Vital statistics of India. Vol. VI, European troops 1870-79
Year: 1870
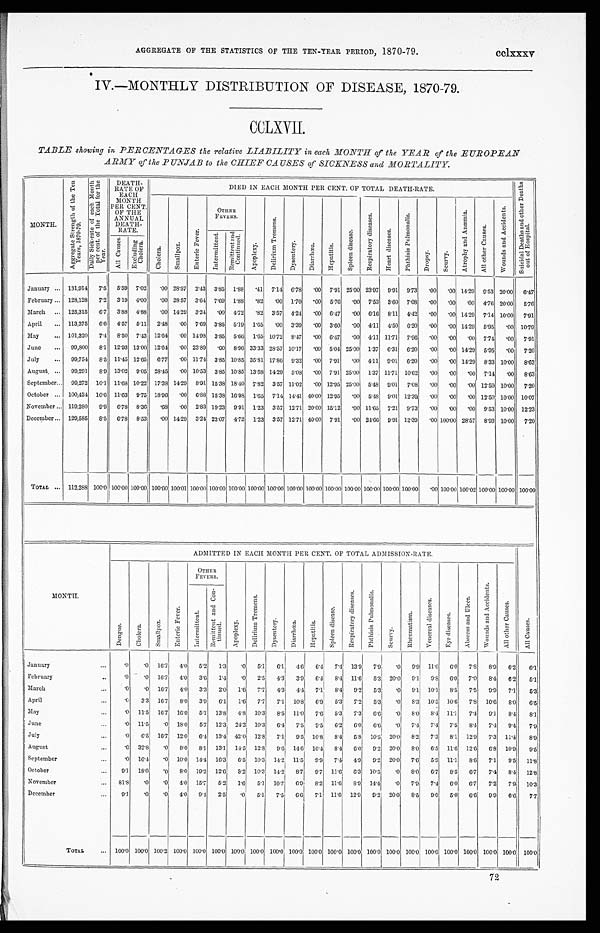
cclxxxv
AGGREGATE OF THE STATISTICS OF THE TEN-YEAR PERIOD, 1870-79.
IV.—MONTHLY DISTRIBUTION OF DISEASE, 1870-79.
CCLXVII.
TABLE showing in PERCENTAGES the relative LIABILITY in each MONTH of the YEAR of the EUROPEAN
ARMY of the PUNJAB to the CHIEF CAUSES of SICKNESS and MORTALITY.
MONTH.
A g g r e g a t e S t r e n g t h o f t h e T e n
Y e a r s , 1 8 7 0 - 7 9 .
D a i l y S i c k - r a t e o f e a c h M o n t h
p e r c e n t . o f t h e T o t a l f o r t h eY
e a r .
DEATH-
RATE OF
EACH
MONTH P E R C E N T .
OF THE
ANNUAL
DEATH-
RATE.
DIED IN EACH MONTH PER CENT. OF TOTAL DEATH-RATE.
S u i c i d a l D e a t h s a n d o t h e r D e a t h s
o u t o f Ho s p i t a l .
C h o l e r a .
S m a l l p o x .
E n t e r i c F e v e r .
OTHER
FEVERS
.
A p o p l e x y .
D e l i r i u m T r e m e n s .
Dy s e n t e r y .
D i a r r h œ a . He p a t i t i s .
S p l e e n d i s e a s e .
R e s p i r a t o r y d i s e a s e s .
H e a r t d i s e a s e s .
P h t h i s i s P u l m o n a l i s .
D r o p s y .
S c u r v y .
A t r o p h y a n d A n æ m i a .
A l l o t h e r C a u s e s .
W o u n d s a n d A c c i d e n t s .
Al l C a u s e s .
E x c l u d i n g
C h o l e r a .
I n t e r m i t t e n t .
R e m i t t e n t a n d
C o n t i n u e d .
January . . . 131,914 7.5 5.59 7.02 .00 28.57 2.43 3.85 1.88
. 41 7.14 6.78
. 00 7.91 25.00 23.97 9.91 9.73
. 00 .00 14.29 9.53 20.00 6.47
February . . . 128,128 7.2 3.19 4.00 .00 28.57 3.64 7.69 1.88
. 82
. 00 1.70
. 00 5.76
. 00 7.53 3.60 7.08
. 00 .00 .00 4.76 20.00 5.76
March
. . . 125,315 6.7 3.88 4.88 .00 14.29 3.24
. 00 4.72
. 82 3.57 4.24
. 00 6.47
. 00 6.16 8.11 4.42
. 00 .00 14.29 7.14 10.00 7.91
April
. . . 113,375 6.6 4.57 5.11 2.48 .00 7.69 3.85 5.19 1.65
. 00 3.39
. 00 3.60
. 00 4.11 4.50 6.20
. 00 .00 14.29 5.95 .00 10.79
May
. . . 101,320 7.4 8.50 7.43 12.64 .00 14.98 3.85 5.66 1.65 10.72 8.47
. 00 6.47
. 00 4.11 11.71 7.96
. 00
. 00 .00 7.74 .00 7.91
June
. . . 99,800 8.1 12.93 13.00 12.64 .00 23.89
. 00 8.96 33.33 28.57 10.17
. 00 5.04 25.00 1.37 6.31 6.20
. 00
. 00 14.29 5.95
. 0 0 7.20
July
. . . 99,754 8.5 11.45 12.65 6.77 .00 11.74 3.85 10.85 35.81 17.86 9.32
. 00 7.91
. 00 4.11 9.01 6.20
. 00
. 00 14.29 8.33 10.00 8.63
August . . . 99,291 8.9 13.02 9.05 28.45 .00 10.53 3.85 10.85 13.58 14.29 5.08
. 00 7.91 25.00 1.37 11.71 10.62
. 00
. 00
. 00 7.14
. 00 8.63
September . . . 99,272 10.1 11.68 10.22 17.38 14.29 8.91 15.38 18.40 7.82 3.57 11.02
. 00 12.95 25.00 5.48 9.01 7.08
. 00
. 00
.0012.5010.00 7.20
October . . . 100,424 10.6 11.63 9.75 18.96 .00 6.88 15.38 16.98 1.65 7.14 14.41 40.00 12.95
. 00 5.48 9.01 12.39
. 00
. 00
.0012.5010.00 10.07
November . . . 119,280 9.9 6.78 8.36 .68
. 0 0 2.83 19.23 9.91 1.23 3.57 12.71 20.00 15.12
. 00 11.65 7.21 9.73
. 00
. 00
. 00 9.53 10.00 12.23
December . . . 129,585 8.5 6.78 8.53 .00 14.29 3.24 23.07 4.72 1.23 3.57 12.71 40.00 7.91
. 00 24.66 9.91 12.39
.00 100.0028.57 8.93 10.00 7.20
TOTAL . . . 112,288 100.0 100.00100.00100.00 100.01 100.00100.00100.00100.00100.00 100.00 100.00 100.00 100.00 100. 00 100.00 100.00 .00 100.00 100.02 100.00 100.00 100.00
M O N T H .
ADMITTED IN EACH MONTH PER CENT. OF TOTAL ADMISSION-RATE.
A l l C a u s e s .
D e n g u .
C h o l e r a .
S m a l l p o x .
E n t e r i c F e v e r .
OTHER
FEVERS.
A p o p l e x y . D e l i r i u m T r e m e n s .
D y s e n t r y . D i a r r h œ a .
H e p a t i t i s .
S p l e e n d i s e a s e .
R e s p i r a t o r y d i s e a s e s .
P h t h i s i s P u l m o n a l i s .
S c u r v y .
R h e u m a t i s m .
V e n e r e a l d i s e a s e s .
E y e d i s e a s e s .
A b s c e s s a n d U l c e r .
W o u n d s a n d A c c i d e n t s .
A l l o t h e r C a u s e s .
I n t e r m i t t e n t .
R e m i t t e n t a n d C o n -
t i nue d.
January
. . .
.0 .0 16.7 4.0 5.2 1.3 .0 5.1 6.1 4.6 6.4 7.4 13.9 7.9 .0 9.9 11.0 6.0 7.8 8.9 6.2 6.1
February
. .
.0 .0 16.7 4.0 3.6 1.4 .0 2.5 4.3 3.9 6.4 8.4 11.6 5.3 20.0 9.1 9.8 6.0 7.0 8.4 6.2 5.1
March
. .
.0 .0 16.7 4.0 3.3 2.0 1.6 7.7 4.3 4.4 7.1 8.4 9.2 5.3 .0 9.1 10.1 8.5 7.5 9.9 7.1 5.3
April
. . .
. 0 3.3 16.7 8.0 3.9 6.1 1.6 7.7 7.1 10.8 6.9 5.3 7.2 5.3 .0 8.3 10.5 10.6 7.8 10.6 8.0 6.5
May
. . . .0 11.5 16.7 16.0 5.1 13.8 4.8 10.3 8.5 11.0 7.6 5.3 7.3 6.6 .0 8.0 8.4 11.1 7.4 9.1 8.4 8.1
June
. . . .0 11.5 .0 18.0 5.7 12.3 24.2 10.3 6.4 7.5 9.5 6.2 6.0 6.6 .0 7.4 7.4 7.5 8.4 7.4 9.4 7.9
July
. . .
.0 6.5 16.7 12.0 6.4 13.4 42.0 12.8 7.1 9.5 10.8 8.4 5.8 10.5 20.0 8.2 7.3 8.1 12.9 7.3 11.4 8.9
August
. . . .0 32.8 .0 8.0 8.1 13.1 14.5 12.8 9.6 14.6 10.4 8.4 6.0 9.2 20.0 8.0 6.5 11.6 12.6 6.8 10.9 9.5
September
. . . .0 16.4 .0 10.0 14.4 16.3 6.5 10.3 14.2 11.5 9.9 7.4 4.9 9.2 20.0 7.6 5.9 11.1 8.6 7.1 9.5 11.8
October
. . . 9.1 18.0 .0 8.0 19.2 12.6 8.2 10.3 14.2 8.7 9.7 11.6 6.3 10.5 .0 8.0 6.7 8.5 6.7 7.4 8.4 12.8
November
. . . 81.8 .0
. 0 4.0 15.7 5.2 1.6 5.1 10.7 6.9 8.2 11.6 8.9 14.4 .0 7.9 7.4 6.0 6.7 7.2 7.91 10.3
December
. . . 9.1 .0 .0 4.0 9.4 2.5 .0 5.1 7.5 6.6 7.1 11.6 12.9 9.2 20.0 8.5 9.0 5.0 6.6 0.9 6.6 7.7
TOTAL
. . . 100.0 100.0 100.2 100.0 100.0 100.0 100.0 100.0 100.0 100.0 100.0 100.0 100.0 100.0 100.0 100.0 100.0 100.0 100.0 100.0 100.0 100.0
72